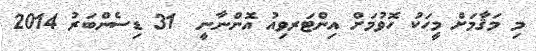
މި މަޤާމަށް މީހަކު ހޮވުމަށް އިންޓަރވިއު އޮންނާނީ  31 ޑިސެންބަރު 2014